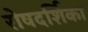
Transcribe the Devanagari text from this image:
रोषदर्शिका